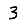
Digit: 3